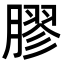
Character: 膠